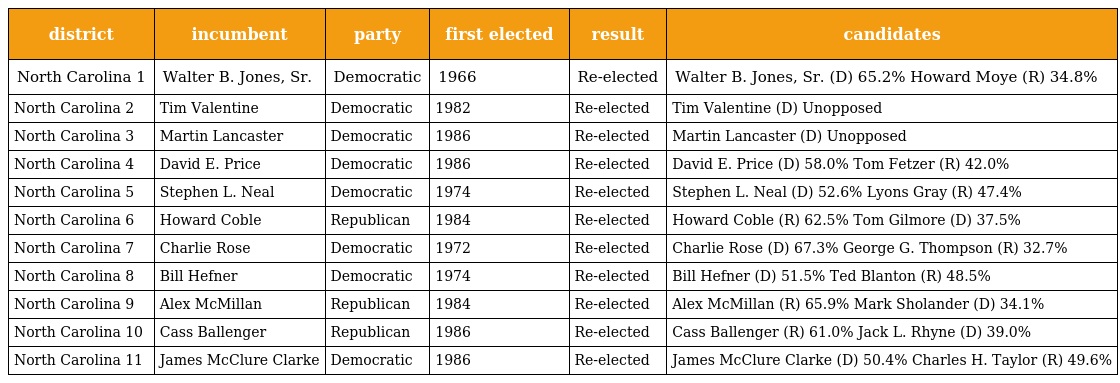
| district | incumbent | party | first elected | result | candidates |
 | --- | --- | --- | --- | --- | --- |
 | North Carolina 1 | Walter B. Jones, Sr. | Democratic | 1966 | Re-elected | Walter B. Jones, Sr. (D) 65.2% Howard Moye (R) 34.8% |
 | North Carolina 2 | Tim Valentine | Democratic | 1982 | Re-elected | Tim Valentine (D) Unopposed |
 | North Carolina 3 | Martin Lancaster | Democratic | 1986 | Re-elected | Martin Lancaster (D) Unopposed |
 | North Carolina 4 | David E. Price | Democratic | 1986 | Re-elected | David E. Price (D) 58.0% Tom Fetzer (R) 42.0% |
 | North Carolina 5 | Stephen L. Neal | Democratic | 1974 | Re-elected | Stephen L. Neal (D) 52.6% Lyons Gray (R) 47.4% |
 | North Carolina 6 | Howard Coble | Republican | 1984 | Re-elected | Howard Coble (R) 62.5% Tom Gilmore (D) 37.5% |
 | North Carolina 7 | Charlie Rose | Democratic | 1972 | Re-elected | Charlie Rose (D) 67.3% George G. Thompson (R) 32.7% |
 | North Carolina 8 | Bill Hefner | Democratic | 1974 | Re-elected | Bill Hefner (D) 51.5% Ted Blanton (R) 48.5% |
 | North Carolina 9 | Alex McMillan | Republican | 1984 | Re-elected | Alex McMillan (R) 65.9% Mark Sholander (D) 34.1% |
 | North Carolina 10 | Cass Ballenger | Republican | 1986 | Re-elected | Cass Ballenger (R) 61.0% Jack L. Rhyne (D) 39.0% |
 | North Carolina 11 | James McClure Clarke | Democratic | 1986 | Re-elected | James McClure Clarke (D) 50.4% Charles H. Taylor (R) 49.6% |